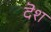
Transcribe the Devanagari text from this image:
दॆश